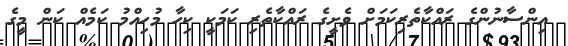
އިންސާނުންގެ ރައްކާތެރިކަމަށް ވެށީގެ ރައްކާތެރި ކަމަކީ ކިހާ މުހިއްމު ކަމެއް ކަން މީގެ